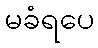
မခံရပေ